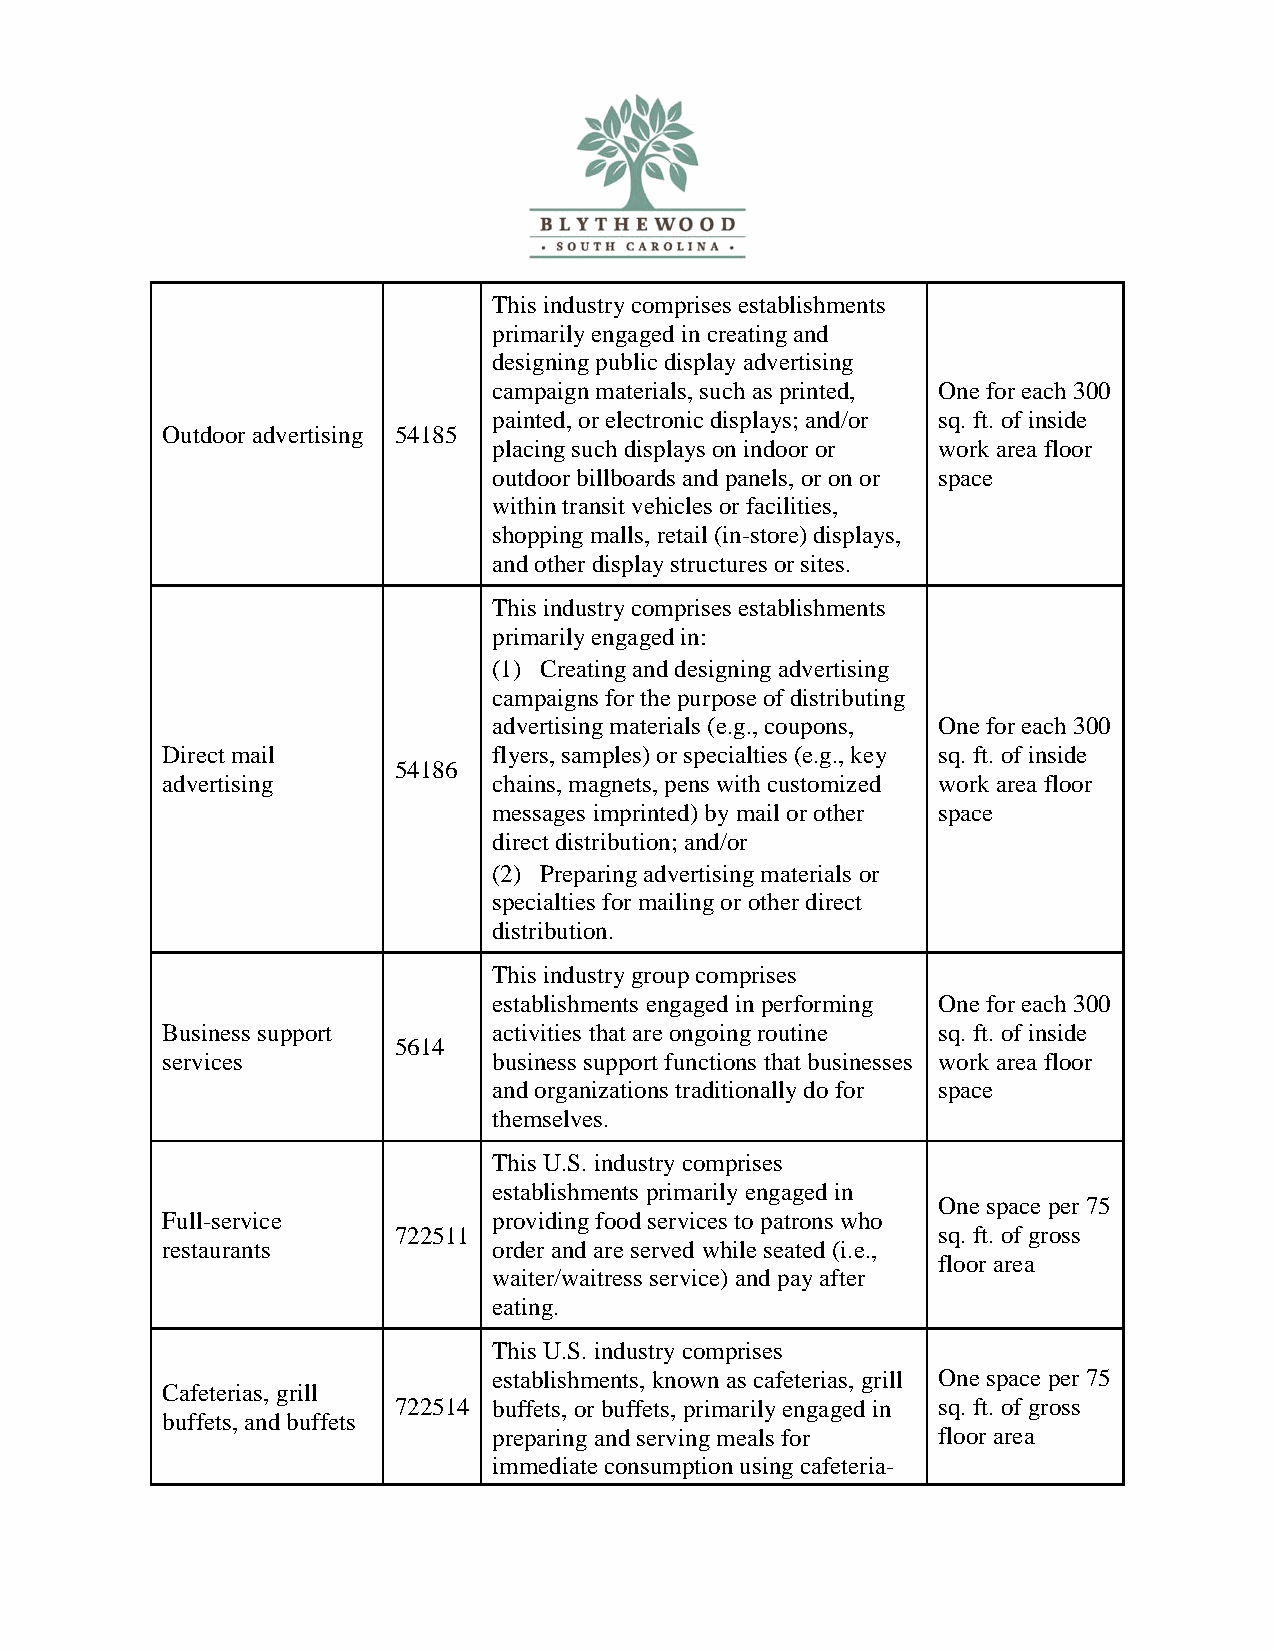
This industry comprises establishments
 primarily engaged in creating and
 designing public display advertising
 campaign materials, such as printed, One for each 300
 painted, or electronic displays; and/or sq. ft. of inside
 Outdoor advertising 54185
 placing such displays on indoor or work area floor
 outdoor billboards and panels, or on or space
 within transit vehicles or facilities,
 shopping malls, retail (in-store) displays,
 and other display structures or sites.
 This industry comprises establishments
 primarily engaged in:
 (1) Creating and designing advertising
 campaigns for the purpose of distributing
 advertising materials (e.g., coupons, One for each 300
 Direct mail           flyers, samples) or specialties (e.g., key sq. ft. of inside
 54186
 advertising           chains, magnets, pens with customized work area floor
 messages imprinted) by mail or other space
 direct distribution; and/or
 (2) Preparing advertising materials or
 specialties for mailing or other direct
 distribution.
 This industry group comprises
 establishments engaged in performing One for each 300
 Business support      activities that are ongoing routine sq. ft. of inside
 5614
 services              business support functions that businesses work area floor
 and organizations traditionally do for space
 themselves.
 This U.S. industry comprises
 establishments primarily engaged in
 One space per 75
 Full-service          providing food services to patrons who
 722511                              sq. ft. of gross
 restaurants           order and are served while seated (i.e.,
 floor area
 waiter/waitress service) and pay after
 eating.
 This U.S. industry comprises
 establishments, known as cafeterias, grill One space per 75
 Cafeterias, grill
 722514 buffets, or buffets, primarily engaged in sq. ft. of gross
 buffets, and buffets
 preparing and serving meals for floor area
 immediate consumption using cafeteria-